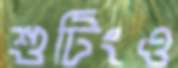
শুটিংও